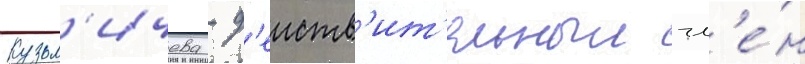
Кузьм'ичева - д'еиств'ит'ельныи чл'е́н